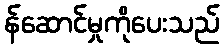
န်ဆောင်မှုကိုပေးသည်